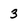
Character: 3